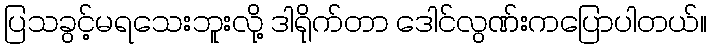
ပြသခွင့်မရသေးဘူးလို့ ဒါရိုက်တာ ဒေါင်လွဏ်းကပြောပါတယ်။